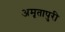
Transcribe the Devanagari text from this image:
अमृतापुरी